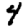
Digit: 4